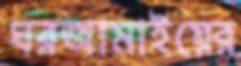
ঘরজামাইয়ের